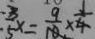
\frac { 3 } { 5 } x = \frac { 9 } { 1 0 } \times \frac { 1 } { 4 }